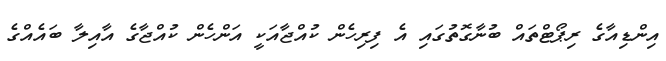
އިންޑިއާގެ ރިޕޯޓްތައް ބުނާގޮތުގައި އެ ފިރިހެން ކުއްޖާއަކީ އަންހެން ކުއްޖާގެ އާއިލާ ބައެއްގެ